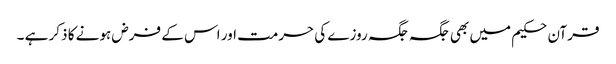
قرآن حکیم میں بھی جگہ جگہ روزے کی حرمت اور اس کے فرض ہونے کا ذکر ہے ۔